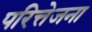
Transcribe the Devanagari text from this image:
परित्तेजना